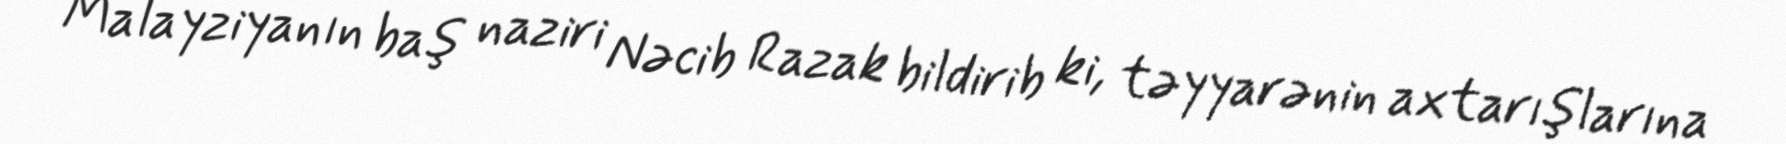
Malayziyanın baş naziri Nəcib Razak bildirib ki, təyyarənin axtarışlarına